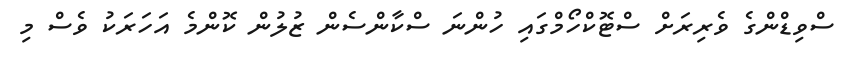
ސްވިޑްންގެ ވެރިރަށް ސްޓޮކްހޯމްގައި ހުންނަ ސްކާންސެން ޒުލުން ކޮންމެ އަހަރަކު ވެސް މި